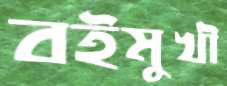
বইমুখী